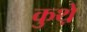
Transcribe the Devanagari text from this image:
कुथ़े